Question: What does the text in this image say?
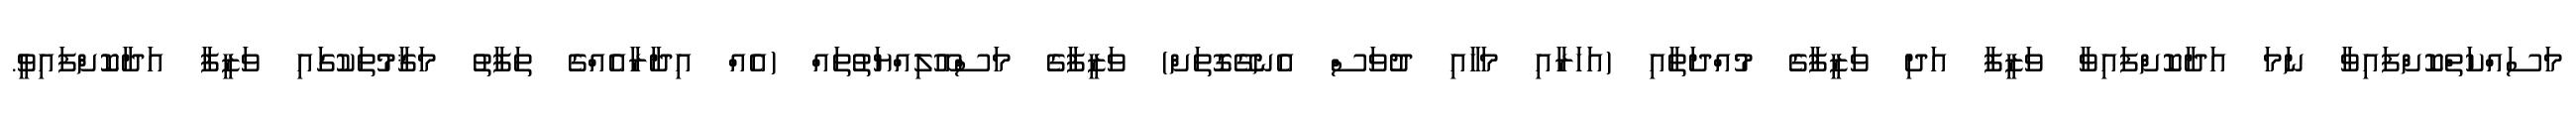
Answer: މަސައްކަތްކޮށްފައިވާ ނަމަ އަދާކޮށްފައިވާ ވަޒީފާ އަދި ވަޒީފާގެ މުއްދަތާއި (އަހަރާއި މަހާއި ދުވަސް އެނގޭގޮތަށް) ވަޒީފާގެ މަސްއޫލިއްޔަތުތައް (އެއް އިދާރާއެއްގެ ތަފާތު މަޤާމުތަކުގައި ވަޒީފާ އަދާކޮށްފައިވީ.